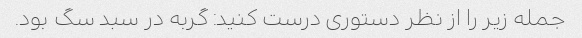
جمله زیر را از نظر دستوری درست کنید: گربه در سبد سگ بود.